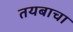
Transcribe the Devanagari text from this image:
तयबाचा